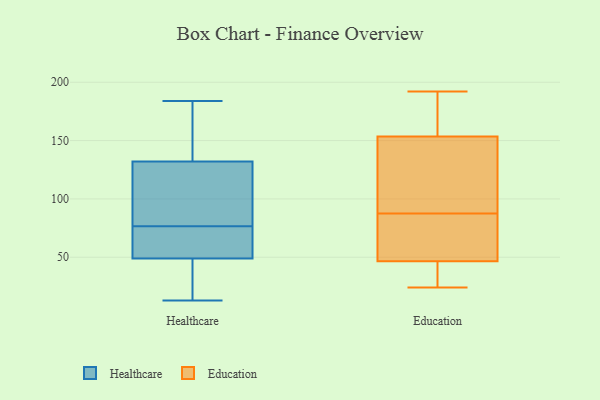
{"axis": {"x": "Revenue (USD Million)", "y": "Value"}, "legend": ["Education", "Healthcare"], "data": [{"x": "", "y": 81, "type": "Healthcare"}, {"x": "", "y": 132, "type": "Healthcare"}, {"x": "", "y": 13, "type": "Healthcare"}, {"x": "", "y": 62, "type": "Healthcare"}, {"x": "", "y": 74, "type": "Healthcare"}, {"x": "", "y": 178, "type": "Healthcare"}, {"x": "", "y": 79, "type": "Healthcare"}, {"x": "", "y": 184, "type": "Healthcare"}, {"x": "", "y": 36, "type": "Healthcare"}, {"x": "", "y": 45, "type": "Healthcare"}, {"x": "", "y": 111, "type": "Healthcare"}, {"x": "", "y": 156, "type": "Healthcare"}, {"x": "", "y": 49, "type": "Healthcare"}, {"x": "", "y": 61, "type": "Healthcare"}, {"x": "", "y": 164, "type": "Education"}, {"x": "", "y": 141, "type": "Education"}, {"x": "", "y": 24, "type": "Education"}, {"x": "", "y": 76, "type": "Education"}, {"x": "", "y": 143, "type": "Education"}, {"x": "", "y": 31, "type": "Education"}, {"x": "", "y": 99, "type": "Education"}, {"x": "", "y": 48, "type": "Education"}, {"x": "", "y": 61, "type": "Education"}, {"x": "", "y": 69, "type": "Education"}, {"x": "", "y": 171, "type": "Education"}, {"x": "", "y": 26, "type": "Education"}, {"x": "", "y": 113, "type": "Education"}, {"x": "", "y": 45, "type": "Education"}, {"x": "", "y": 174, "type": "Education"}, {"x": "", "y": 192, "type": "Education"}]}